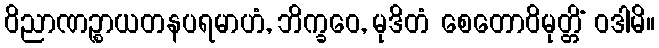
ဝိညာဏဉ္စာယတနပရမာဟံ, ဘိက္ခဝေ, မုဒိတံ စေတောဝိမုတ္တိံ ဝဒါမိ။